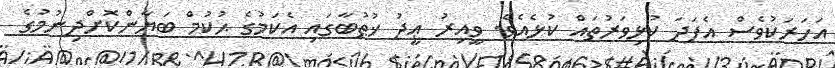
އަހަރަކުވެސް އެފަދަ ކުުޅިވަރުތައް ކުޅެއެވެ. ވީއިރު ޢީދު ޚުޠުބާގައި އެކަމުގެ ޙުކުމް ބަޔާންކޮށްދިނުމުގެ